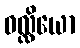
ဝလ္လိယော